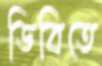
ডিবিতে